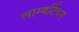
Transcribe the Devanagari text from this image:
लाम्बर्टियन